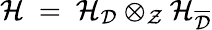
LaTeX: {\mathcal H}\ =\ {\mathcal H}_{{\mathcal D}}\otimes_{{\mathcal Z}}{\mathcal H}_{\overline{{{{\mathcal D}}}}}